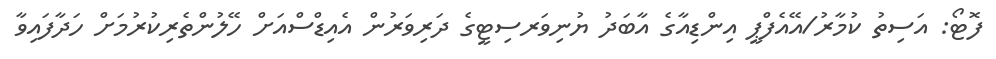
ފޮޓޯ: އަސިތު ކުމާރު/އޭއެފްޕީ އިންޑިއާގެ އާބަދު ޔުނިވަރސިޓީގެ ދަރިވަރުން އެއިޑްސްއަށް ހޭލުންތެރިކުރުމަށް ހަދާފައިވާ